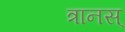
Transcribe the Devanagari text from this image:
त्रानस्